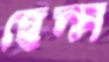
হেন্স